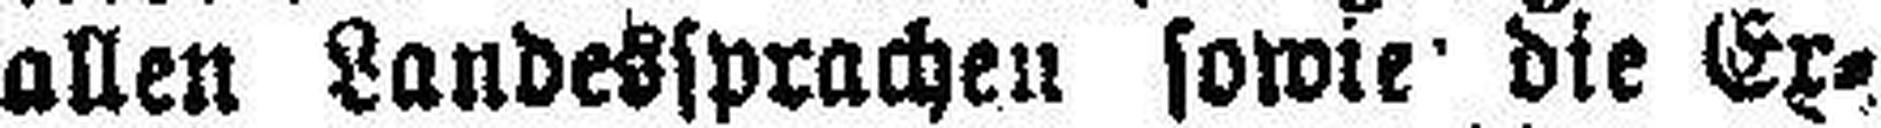
allen Landessprachen sowie die Ex¬